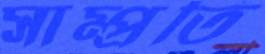
সাম্প্রতি